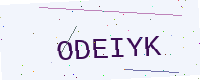
Text: ODEIYK